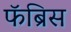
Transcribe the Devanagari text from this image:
फॅब्रिस